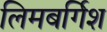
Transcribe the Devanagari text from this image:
लिमबर्गिश